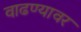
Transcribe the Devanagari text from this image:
वाढण्यावर